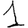
Digit: 1